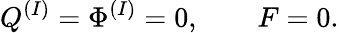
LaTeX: Q^{(I)}=\Phi^{(I)}=0,\qquad F=0.